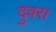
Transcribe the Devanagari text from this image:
दुवरा